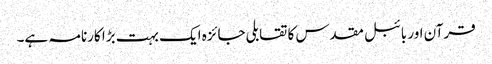
قرآن اور بائبل مقدس کا تقابلی جائزہ ایک بہت بڑا کارنامہ ہے۔